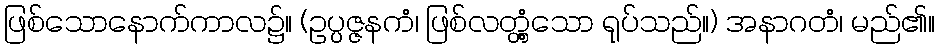
ဖြစ်သောနောက်ကာလ၌။ (ဥပ္ပဇ္ဇနကံ၊ ဖြစ်လတ္တံ့သော ရုပ်သည်။) အနာဂတံ၊ မည်၏။